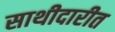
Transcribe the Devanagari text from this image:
साथीदारीत